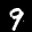
Label: 9